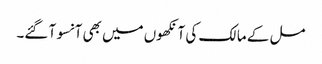
مل کے مالک کی آنکھوں میں بھی آنسو آ گئے۔